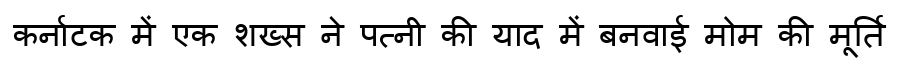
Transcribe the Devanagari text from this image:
कर्नाटक में एक शख्स ने पत्नी की याद में बनवाई मोम की मूर्ति